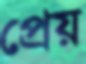
প্রেয়